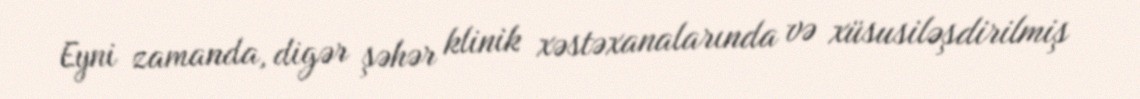
Eyni zamanda, digər şəhər klinik xəstəxanalarında və xüsusiləşdirilmiş